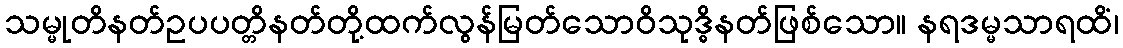
သမ္မုတိနတ်ဥပပတ္တိနတ်တို့ထက်လွန်မြတ်သောဝိသုဒ္ဓိနတ်ဖြစ်သော။ နရဒမ္မသာရထိံ၊